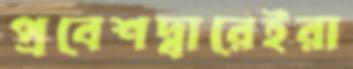
প্রবেশদ্বারেইরা